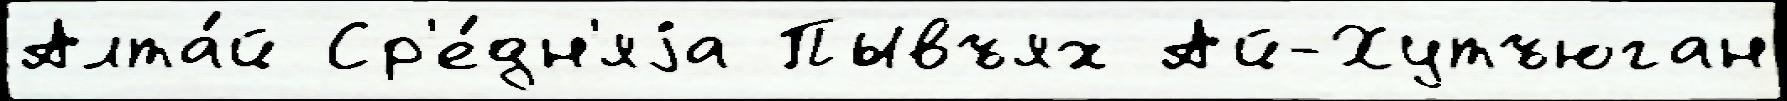
Алта́й Ср'е́дн'яjа Пывъях Ай-Хутъюган